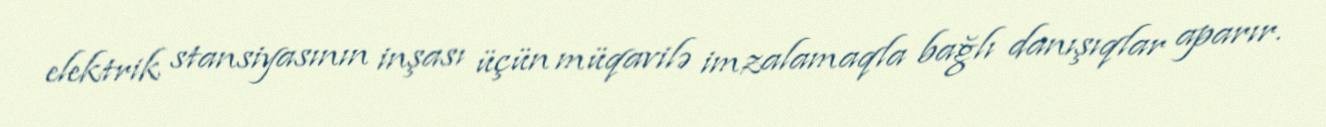
elektrik stansiyasının inşası üçün müqavilə imzalamaqla bağlı danışıqlar aparır.